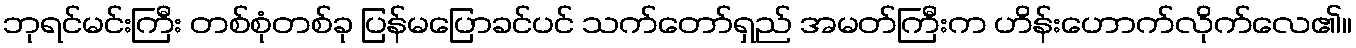
ဘုရင်မင်းကြီး တစ်စုံတစ်ခု ပြန်မပြောခင်ပင် သက်တော်ရှည် အမတ်ကြီးက ဟိန်းဟောက်လိုက်လေ၏။